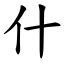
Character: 什